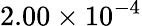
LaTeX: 2.00\times 10^{-4}